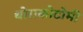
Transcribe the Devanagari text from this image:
थोराकोटोमी